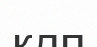
кдп